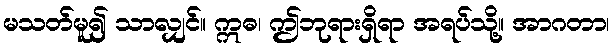
မသတ်မူ၍ သာလျှင်။ ဣဓ၊ ဤဘုရားရှိရာ အရပ်သို့။ အာဂတာ၊